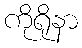
ကိုရိုနာ